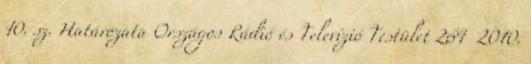
10. sz. Határozata Országos Rádió és Televízió Testület 264 2010.